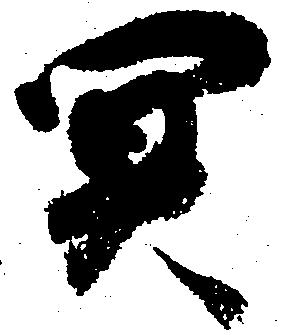
冥